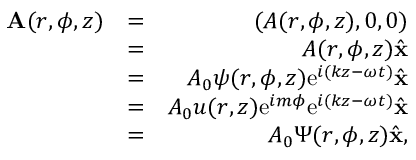
\begin{array} { r l r } { { \bf A } ( r , \phi , z ) } & { = } & { ( A ( r , \phi , z ) , 0 , 0 ) } \\ & { = } & { A ( r , \phi , z ) \hat { \bf x } } \\ & { = } & { A _ { 0 } \psi ( r , \phi , z ) \mathrm { e } ^ { i ( k z - \omega t ) } \hat { \bf x } } \\ & { = } & { A _ { 0 } u ( r , z ) \mathrm { e } ^ { i m \phi } \mathrm { e } ^ { i ( k z - \omega t ) } \hat { \bf x } } \\ & { = } & { A _ { 0 } \Psi ( r , \phi , z ) \hat { \bf x } , } \end{array}